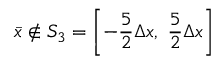
\bar { x } \notin { { S } _ { 3 } } = \left[ - \frac { 5 } { 2 } \Delta x , \ \frac { 5 } { 2 } \Delta x \right]